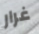
غرار